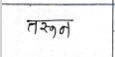
मजकूर: तरून